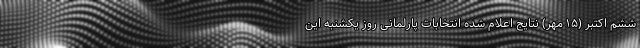
ششم اکتبر (۱۵ مهر) نتایج اعلام شده انتخابات پارلمانی روز یکشنبه این